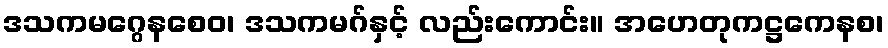
ဒသကမဂ္ဂေနစေဝ၊ ဒသကမဂ်နှင့် လည်းကောင်း။ အဟေတုကဋ္ဌကေနစ၊